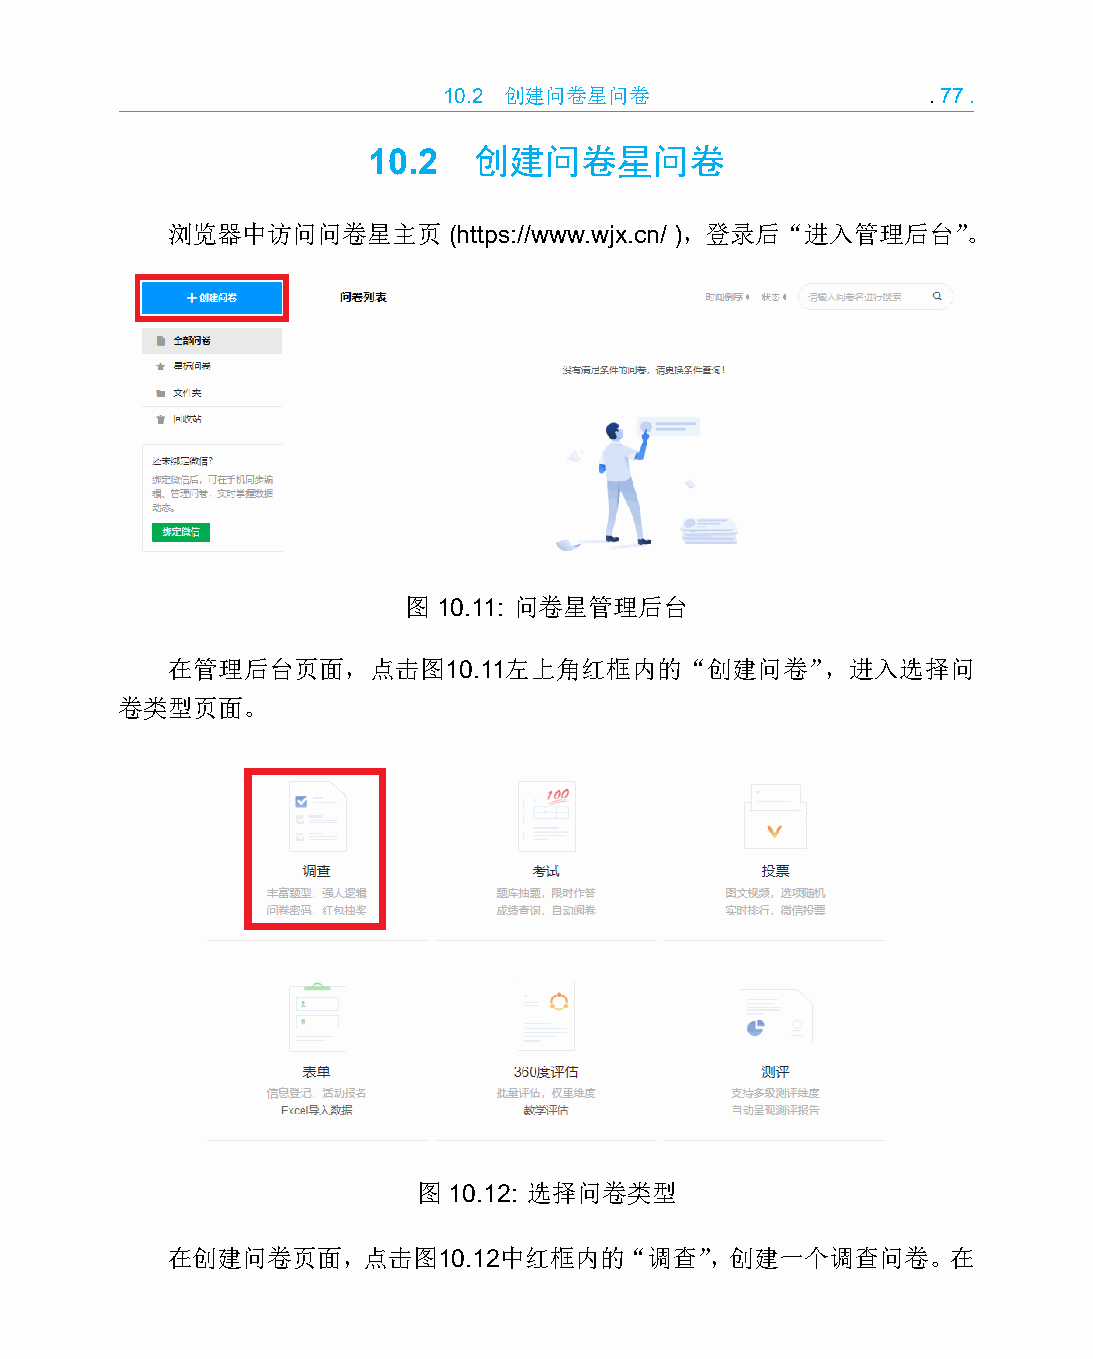
10.2 创建问卷星问卷                    .77.
 10.2   创建问卷星问卷
 浏览器中访问问卷星主页        (https://www.wjx.cn/ )，登录后“进入管理后台”。
 图 10.11: 问卷星管理后台
 在管理后台页面，点击图10.11左上角红框内的“创建问卷”，进入选择问
 卷类型页面。
 图 10.12: 选择问卷类型
 在创建问卷页面，点击图10.12中红框内的“调查”，创建一个调查问卷。在